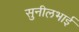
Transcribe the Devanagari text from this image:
सुनीलभाई